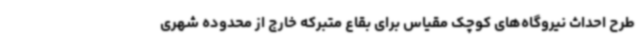
طرح احداث نیروگاه‌های کوچک مقیاس برای بقاع متبرکه خارج از محدوده شهری